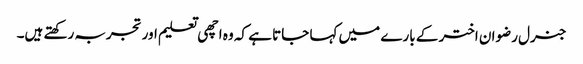
جنرل رضوان اختر کے بارے میں کہا جاتا ہے کہ وہ اچھی تعلیم اور تجربہ رکھتے ہیں۔